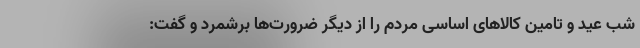
شب عید و تامین کالاهای اساسی مردم را از دیگر ضرورت‌ها برشمرد و گفت: